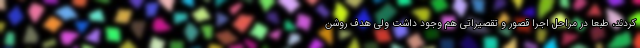
کردند، طبعا در مراحل اجرا قصور و تقصیراتی هم وجود داشت ولی هدف روشن